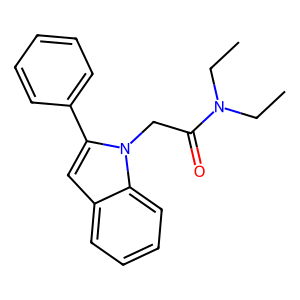
SMILES: CCN(CC)C(=O)Cn1c(-c2ccccc2)cc2ccccc21
Inhibits HIV replication: No